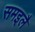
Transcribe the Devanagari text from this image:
समइलै